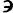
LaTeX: \backepsilon